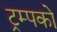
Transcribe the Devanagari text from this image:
ट्रम्पको